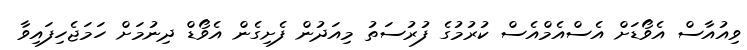
ވިއުއާސް އެވޯޑަށް އެސްއެމްއެސް ކުރުމުގެ ފުރުސަތު މިއަދުން ފެށިގެން އެވޯޑް ދިނުމަށް ހަމަޖެހިފައިވާ